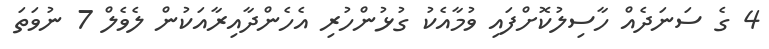
4 ގެ ސަނަދެއް ހާސިލުކޮށްފައި ވުމާއެކު ގުޅުންހުރި އެހެންދާއިރާއަކުން ލެވެލް 7 ނުވަތަ